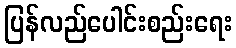
ပြန်လည်ပေါင်းစည်းရေး